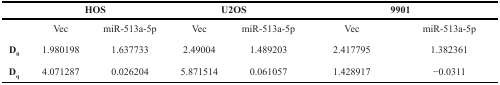
<table><thead><tr><td></td><td colspan="2"><b>HOS</b></td><td colspan="2"><b>U2OS</b></td><td colspan="2"><b>9901</b></td></tr></thead><tbody><tr><td></td><td>Vec</td><td>miR-513a-5p</td><td>Vec</td><td>miR-513a-5p</td><td>Vec</td><td>miR-513a-5p</td></tr><tr><td><b>D<sub>0</sub></b></td><td>1.980198</td><td>1.637733</td><td>2.49004</td><td>1.489203</td><td>2.417795</td><td>1.382361</td></tr><tr><td><b>D<sub>q</sub></b></td><td>4.071287</td><td>0.026204</td><td>5.871514</td><td>0.061057</td><td>1.428917</td><td>−0.0311</td></tr></tbody></table>